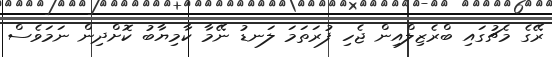
ރޭގެ މެޗުގައި ބްރެޒިލްއިން ޖެހި ފުރަތަމަ ލަނޑު ނޭމާ ކާމިޔާބު ކޮށްދިން ނަމަވެސް